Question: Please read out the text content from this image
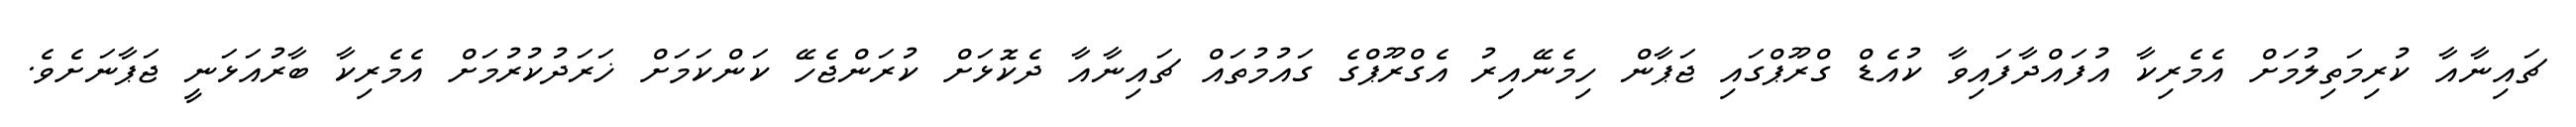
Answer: ޗައިނާއާ ކުރިމަތިލުމަށް އެމެރިކާ އުފައްދާފައިވާ ކުއެޑް ގްރޫޕްގައި ޖަޕާން ހިމެނޭއިރު އެގްރޫޕްގެ ގައުމުތައް ޗައިނާއާ ދެކޮޅަށް ކުރަންޖެހޭ ކަންކަމަށް ޚަރަދުކުރުމަށް އެމެރިކާ ބާރުއަޅަނީ ޖަޕާނަށެވެ.